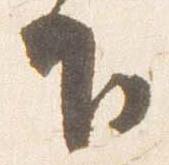
下